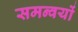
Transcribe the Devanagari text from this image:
समन्वयों